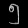
Digit: ၅